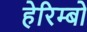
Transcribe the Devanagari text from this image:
हेरिम्बो